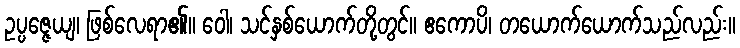
ဥပ္ပဇ္ဇေယျ၊ ဖြစ်လေရာ၏။ ဝေါ၊ သင်နှစ်ယောက်တို့တွင်။ ဧကောပိ၊ တယောက်ယောက်သည်လည်း။